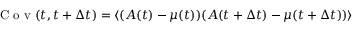
\mathrm { ~ C ~ o ~ v ~ } ( t , t + \Delta t ) = \langle { ( A ( t ) - \mu ( t ) ) ( A ( t + \Delta t ) - \mu ( t + \Delta t ) ) } \rangle { }